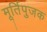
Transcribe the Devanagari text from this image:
मूर्तिपुजक